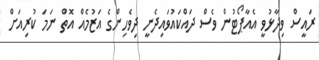
ރައީސް ވިދާޅުވީ އެއާޕޯޓުން ވެސް ދައްކައުވައިދެނީ ދިވެހިންގެ އަޒުމެއް އޮތް ނަމަ ކުރިއަށް